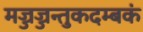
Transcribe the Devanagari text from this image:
मज्जज्जन्तुकदम्बकं